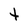
Character: t